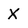
Character: X